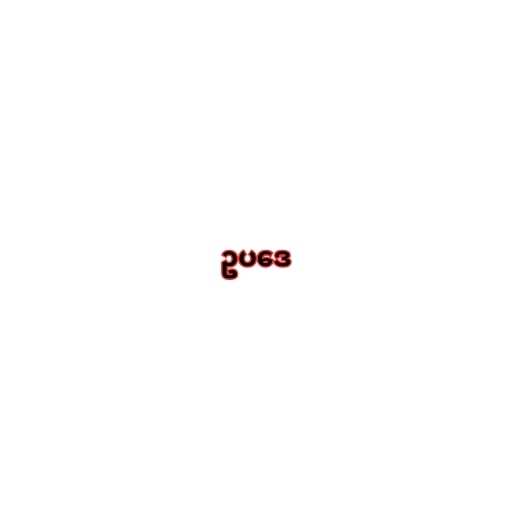
ဥပဒေ